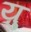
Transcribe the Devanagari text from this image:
य़ु